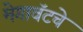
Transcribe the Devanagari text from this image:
मेगावॅटचे